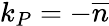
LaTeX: k_{P}=-\overline{{n}}